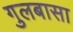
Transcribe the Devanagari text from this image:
गुलबासा